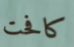
كافحت